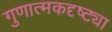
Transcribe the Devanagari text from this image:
गुणात्मकदृष्ट्या